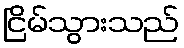
ငြိမ်သွားသည်